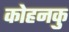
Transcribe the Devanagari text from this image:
कोहनकु